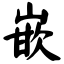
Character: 嵌